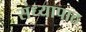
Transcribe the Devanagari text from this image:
संध्यापाठ